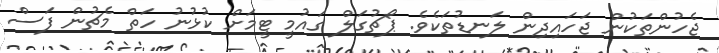
ޖެހުންތަކުން ޖަހައިދިން ލަނޑުތަކެވެ. ޕޯޗުގަލް ގައުމީ ޓީމަށް ކުޅުނު ހަތް މެޗުން ފަސް